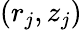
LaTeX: (r_{j},z_{j})